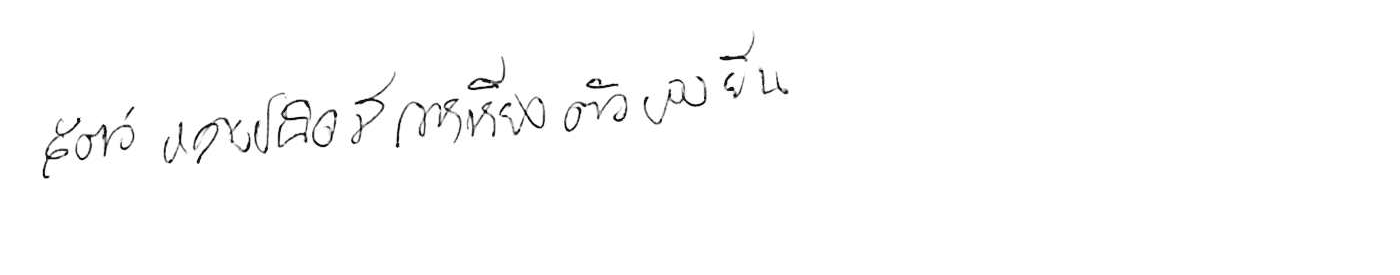
สัตว์หลายชนิดมีการเรียงตัวของยีน